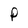
Character: P